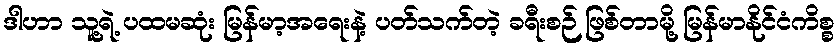
ဒါဟာ သူ့ရဲ့ ပထမဆုံး မြန်မာ့အရေးနဲ့ ပတ်သက်တဲ့ ခရီးစဉ် ဖြစ်တာမို့ မြန်မာနိုင်ငံကိစ္စ